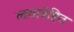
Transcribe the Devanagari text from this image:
त्वचावेष्टित